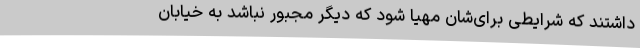
داشتند که شرایطی برای‌شان مهیا شود که دیگر مجبور نباشد به خیابان